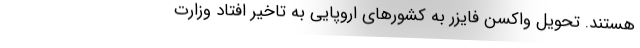
هستند. تحویل واکسن فایزر به کشورهای اروپایی به تاخیر افتاد وزارت